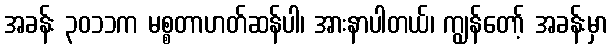
အခန်း ၃၀၁၁က မစ္စတာဟတ်ဆန်ပါ၊ အားနာပါတယ်၊ ကျွန်တော့် အခန်းမှာ